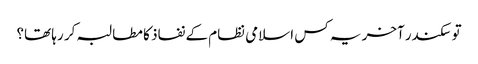
تو سکندر آخر یہ کس اسلامی نظام کے نفاذ کا مطالبہ کر رہا تھا؟